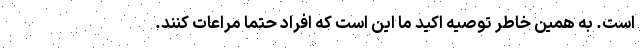
است. به همین خاطر توصیه اکید ما این است که افراد حتما مراعات کنند.